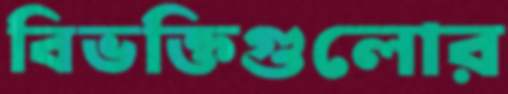
বিভক্তিগুলোর